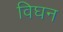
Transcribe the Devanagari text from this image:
विघन